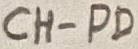
Text: CH-PD